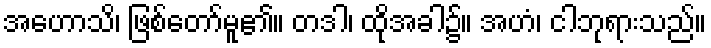
အဟောသိ၊ ဖြစ်တော်မူ၏။ တဒါ၊ ထိုအခါ၌။ အဟံ၊ ငါဘုရားသည်။